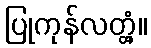
ပြုကုန်လတ္တံ့။